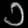
Digit: ၁